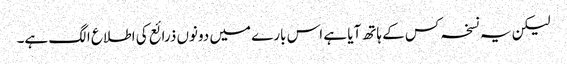
لیکن یہ نسخہ کس کے ہاتھ آیا ہے اس بارے میں دونوں ذرائع کی اطلاع الگ ہے۔